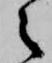
之